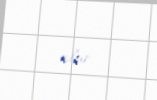
olur.